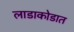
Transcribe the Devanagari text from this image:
लाडाकोडात